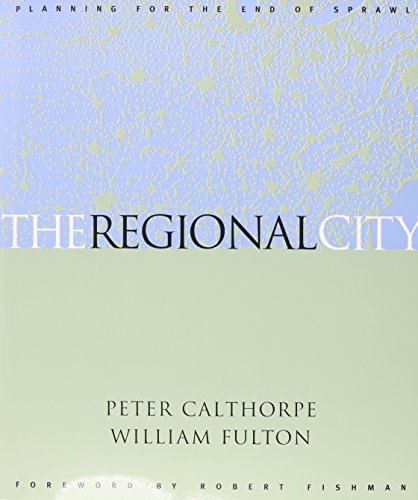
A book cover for The Regional City; Peter Calthorpe; Business & Money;